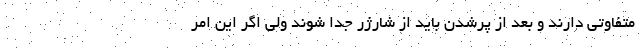
متفاوتی دارند و بعد از پرشدن باید از شارژر جدا شوند ولی اگر این امر